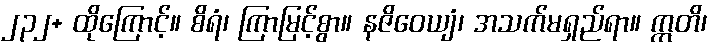
၂၃၂+ ထိုကြောင့်။ စိရံ၊ ကြာမြင့်စွာ။ နဇိဝေယျံ၊ အသက်မရှည်ရာ။ ဣတိ၊